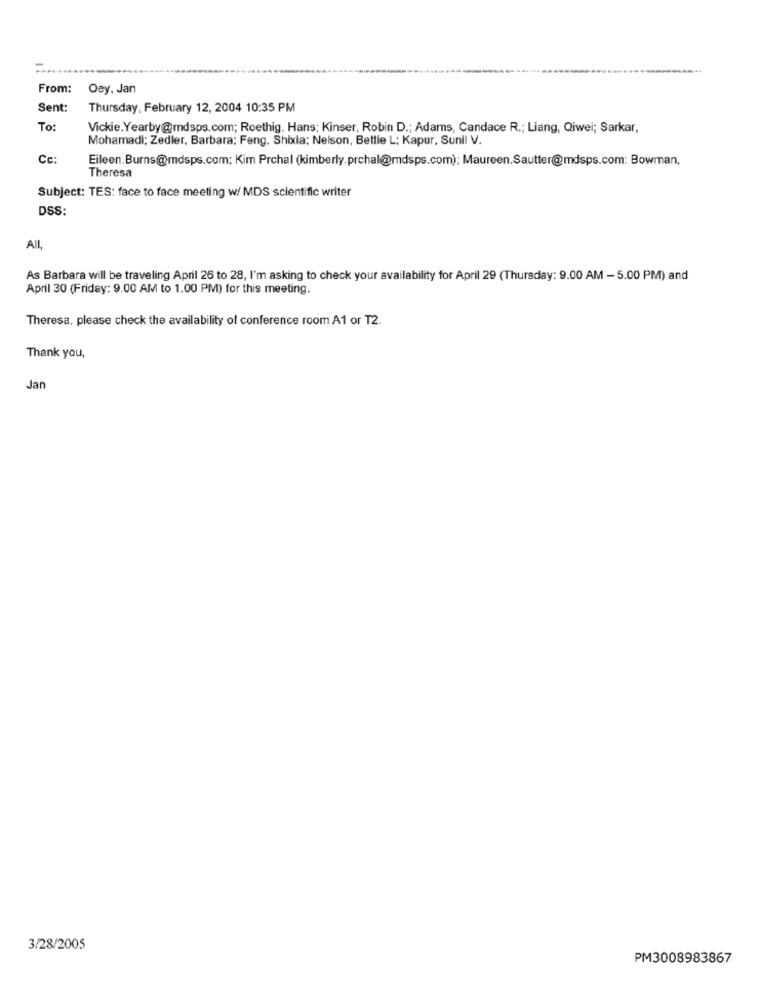
From:
Oey. Jan
Sent:
Thursday, February 12, 2004 10:35 PM
To:
Vickie.Yearby@mdsps.com; Roethig. Hans; Kinser, Robin D .; Adams, Candace R .; Liang, Qiwei; Sarkar,
Mohamadi; Zedler, Barbara; Feng, Shixia; Nelson, Bettie L; Kapur, Sunil V.
Cc:
Eileen.Burns@mdsps.com; Kim Prchal (kimberly.prchal@mdsps.com); Maureen.Sautter@mdsps.com: Bowman,
Theresa
Subject: TES: face to face meeting w/ MDS scientific writer
DSS:
All,
As Barbara will be traveling April 26 to 28, I'm asking to check your availability for April 29 (Thursday: 9.00 AM - 5.00 PM) and
April 30 (Friday: 9.00 AM to 1.00 PM) for this meeting.
Theresa, please check the availability of conference room A1 or T2.
Thank you,
Jan
3/28/2005
PM3008983867